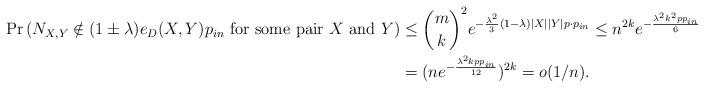
LaTeX: \begin{align*} \Pr \left(N_{X,Y}\notin (1\pm\lambda) e_{D}(X,Y)p_{in} \mbox{ for some pair } X \mbox{ and } Y \right)& \leq \binom {m}{k}^2 e^{-\frac {\lambda^2}3(1- \lambda)|X||Y|p\cdot p_{in}} \leq n^{2k}e^{-\frac {\lambda^2k^2pp_{in}}{6}}\\ & = (ne^{-\frac{\lambda ^2 k p p_{in}}{12}})^{2k} = o(1/n). \end{align*}